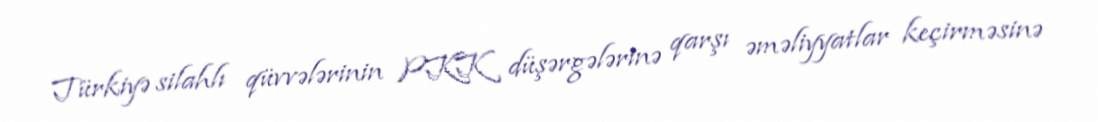
Türkiyə silahlı qüvvələrinin PKK düşərgələrinə qarşı əməliyyatlar keçirməsinə